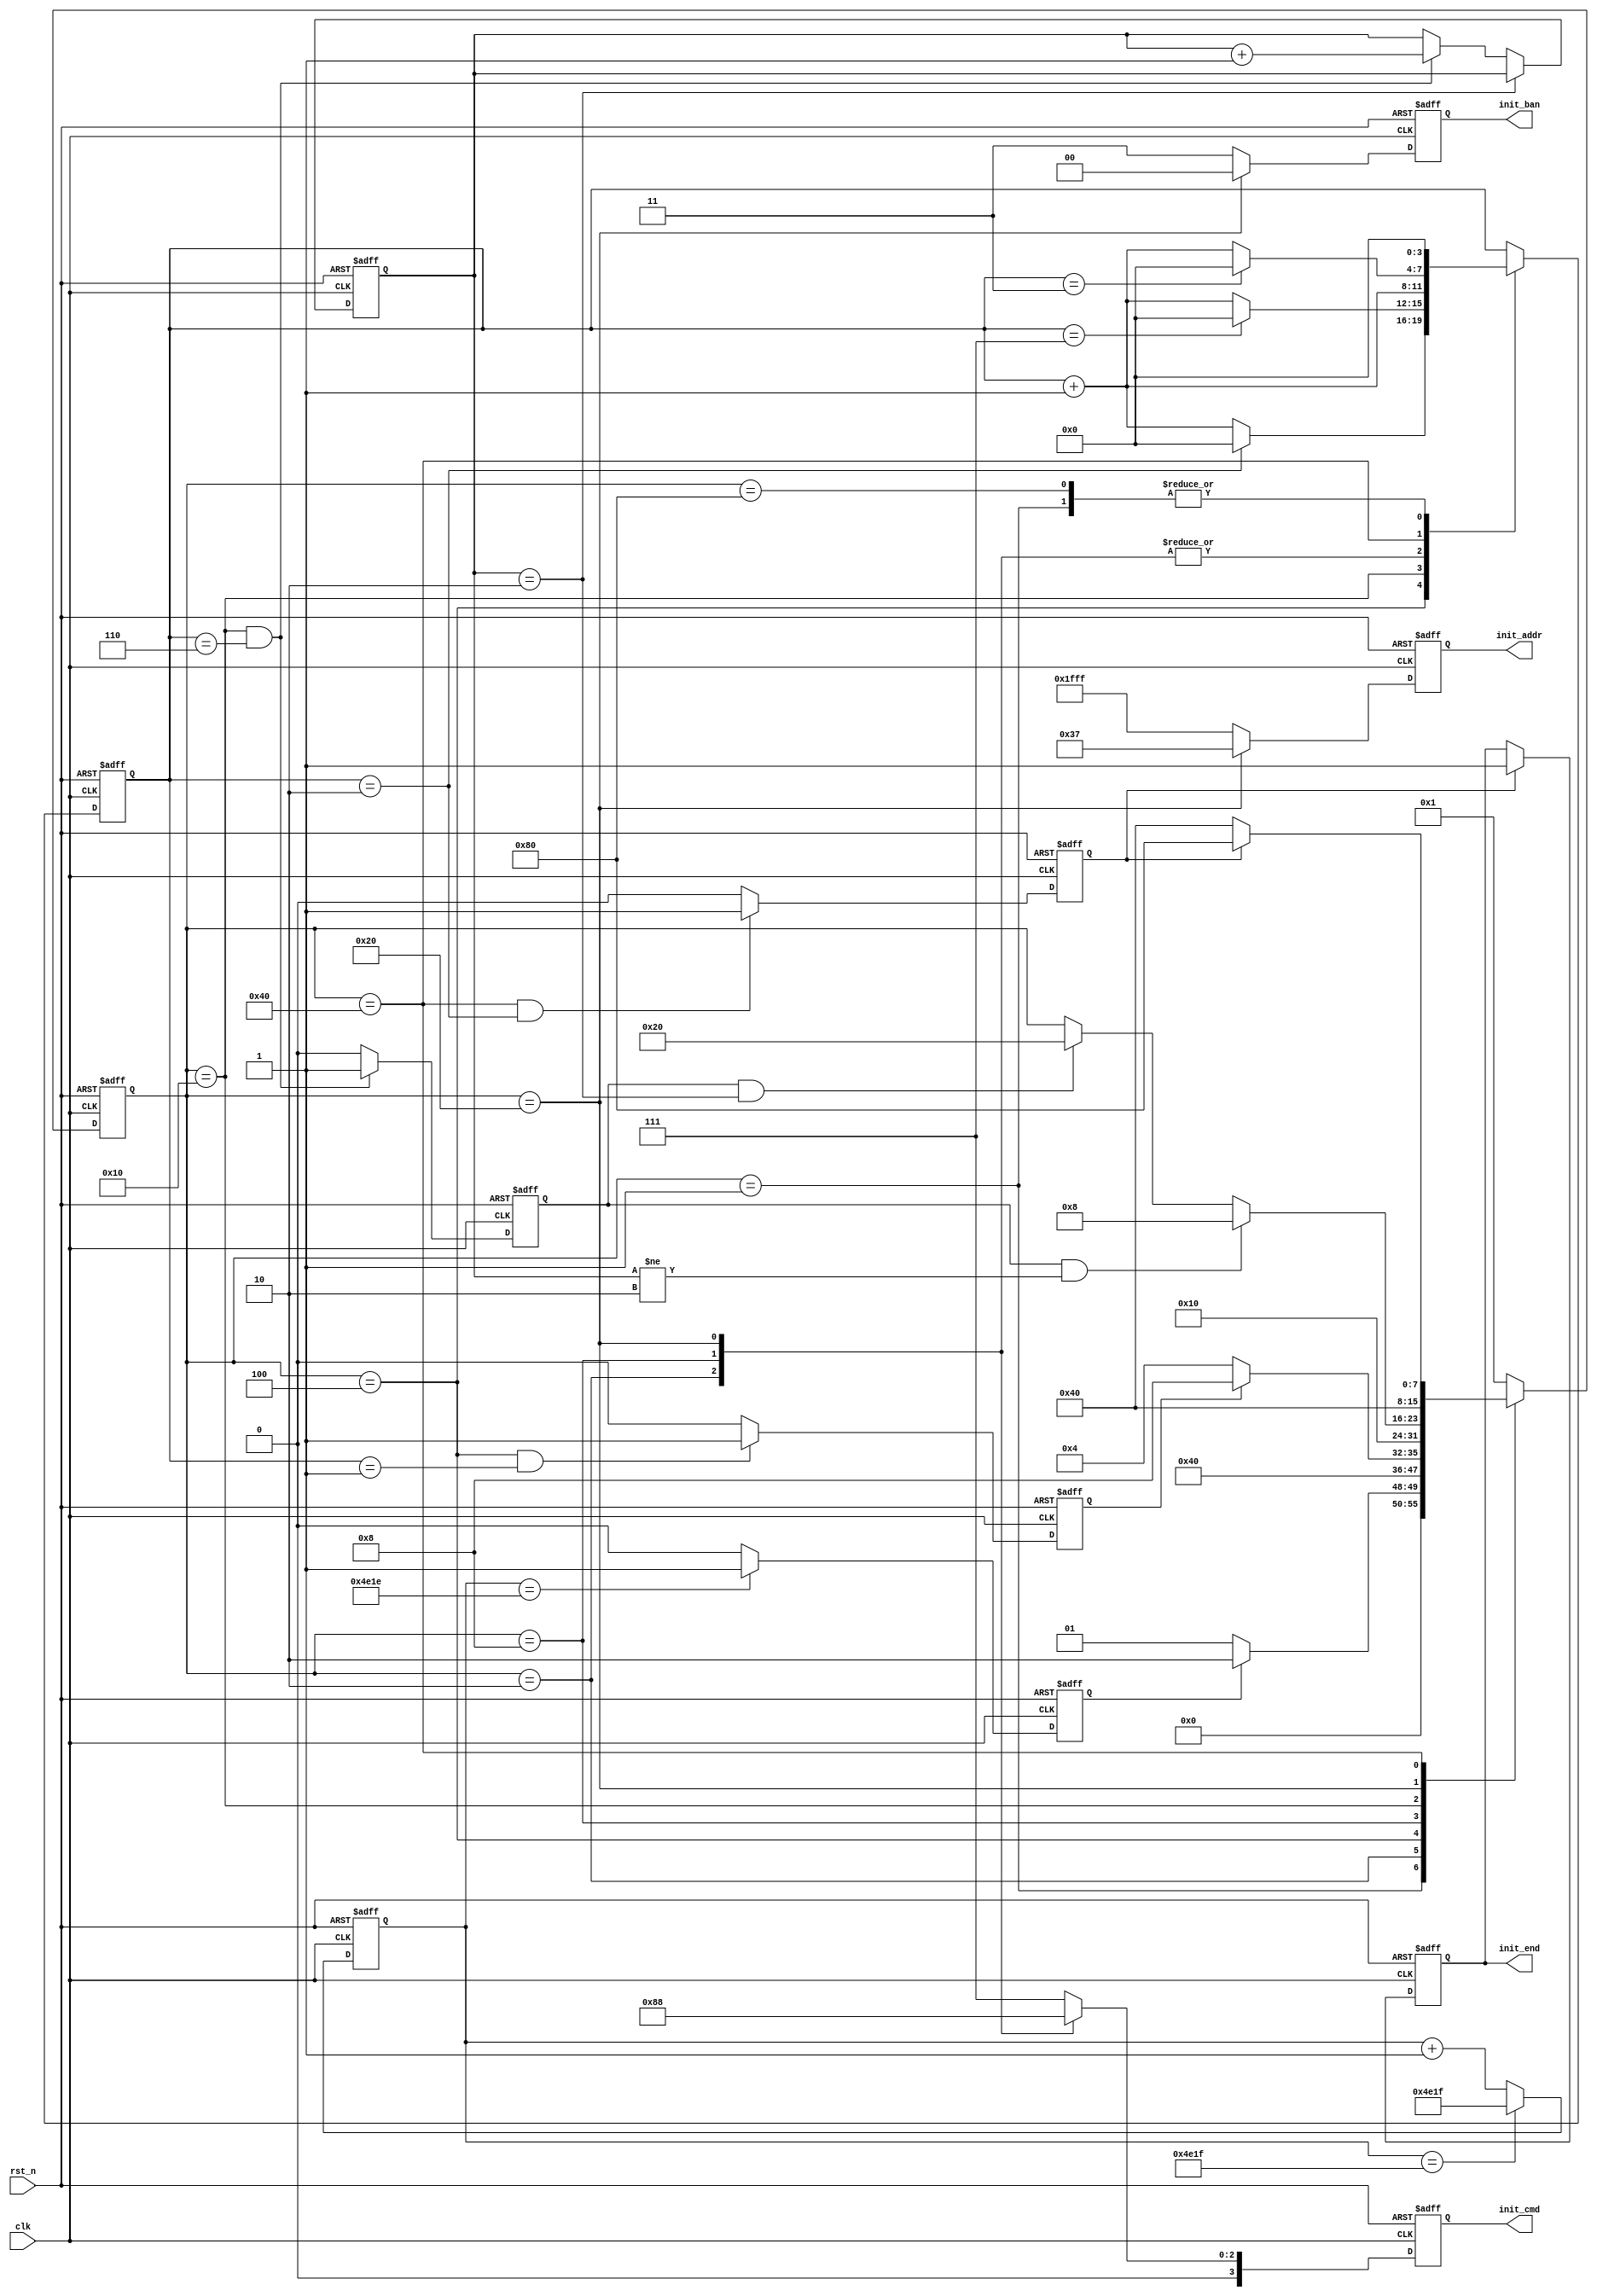
module SDRAM_Init 
#(
	parameter cnt_200us_max = 16'd19_999,	//100MHz
	parameter trp_max = 4'd2,				//
	parameter trfc_max = 4'd7,
	parameter tmrd_max = 4'd3,
	parameter cnt_init_aref_max = 2'd2		//Auto Refrsh(2)
)
(
	input clk,
	input rst_n,
	output reg [3:0] init_cmd,
	output reg [1:0] init_ban,
	output reg [12:0] init_addr,
	output reg init_end
);

	//
	parameter IDLE = 8'b0000_0001;
	parameter PRE = 8'b0000_0010;
	parameter TRP = 8'b0000_0100;
	parameter AR = 8'b0000_1000;
	parameter TRFC = 8'b0001_0000;
	parameter LMR = 8'b0010_0000;
	parameter TMRD = 8'b0100_0000;
	parameter END = 8'b1000_0000;

	//Data
	parameter NOP_CMD = 4'b0111;
	parameter PRE_CMD =  4'b0010;
	parameter AR_CMD = 4'b0001;
	parameter LMR_CMD = 4'b0000;

	reg [15:0] cnt_200us;
	reg stable_flag;
	reg [7:0] init_state;
	reg [3:0] cnt_clk;
	wire cnt_clk_rst;
	reg [1:0] cnt_init_aref;
	reg trp_flag;
	reg trfc_flag;
	reg tmrd_flag;

	/*command*/
	always @(posedge clk or negedge rst_n) begin
		if(~rst_n) begin
			cnt_200us <= 16'd0;
		end else if(cnt_200us == cnt_200us_max) begin
			cnt_200us <= cnt_200us_max;
		end else begin
			cnt_200us <= cnt_200us + 16'd1;
		end
	end

	/*stable clk flag*/
	always @(posedge clk or negedge rst_n) begin
		if(~rst_n) begin
			stable_flag <= 1'd0;
		end else if(cnt_200us == cnt_200us_max - 16'd1) begin
			stable_flag <= 1'd1;
		end else begin
			stable_flag <= 1'd0;
		end
	end

	/*init_state transition logic*/
	always @(posedge clk or negedge rst_n) begin
		if(~rst_n) begin
			init_state <= IDLE;
		end else begin
			case(init_state) 
				IDLE : init_state <= (stable_flag) ? PRE : IDLE;
				PRE : init_state <= TRP;
				TRP : init_state <= (trp_flag) ? AR : TRP;
				AR : init_state <= TRFC;

				TRFC : begin
					if(trfc_flag && cnt_init_aref != 2'd2) begin
						init_state <= AR;
					end else if(trfc_flag && cnt_init_aref == 2'd2) begin
						init_state <= LMR;
					end else begin
						init_state <= init_state;
					end
				end

				LMR : init_state <= TMRD;
				TMRD : init_state <= (tmrd_flag) ? END : TMRD;
				default : init_state <= IDLE;
			endcase
		end
	end

	/*temp cnt_clk*/
	always @(posedge clk or negedge rst_n) begin
		if(~rst_n) begin
			cnt_clk <= 4'd0;
		end else begin
			case(init_state)
				IDLE : cnt_clk <= 4'd0;
				PRE : cnt_clk <= cnt_clk + 4'd1;
				TRP : cnt_clk <= (cnt_clk == trp_max) ? 4'd0 : cnt_clk + 4'd1;
				AR : cnt_clk <= cnt_clk + 4'd1;
				TRFC : cnt_clk <= (cnt_clk == trfc_max) ? 4'd0 : cnt_clk + 4'd1;
				LMR : cnt_clk <= cnt_clk + 4'd1;
				TMRD : cnt_clk <= (cnt_clk == tmrd_max) ? 4'd0 : cnt_clk + 4'd1;
				END : cnt_clk <= 4'd0;
			endcase
		end
	end

	/*cnt_clk0*/
	assign cnt_clk_rst = (cnt_clk == 4'd0) ? 1'd1 : 1'd0;

	/*Auto Refresh*/
	always @(posedge clk or negedge rst_n) begin
		if(~rst_n) begin
			cnt_init_aref <= 2'd0;
		end else if(cnt_init_aref == cnt_init_aref_max) begin
			cnt_init_aref <= cnt_init_aref;
		end else if(init_state == TRFC && cnt_clk == trfc_max - 4'd1) begin
			cnt_init_aref <= cnt_init_aref + 2'd1;
		end else begin
			cnt_init_aref <= cnt_init_aref;
		end
	end

	/*temp trp_flag*/
	always @(posedge clk or negedge rst_n) begin
		if(~rst_n) begin
			trp_flag <= 1'd0;
		end else if(init_state == TRP && cnt_clk == trp_max - 4'd1) begin
			trp_flag <= 1'd1;
		end else begin
			trp_flag <= 1'd0;
		end
	end

	/*temp trfc_flag*/
	always @(posedge clk or negedge rst_n) begin
		if(~rst_n) begin
			trfc_flag <= 1'd0;
		end else if(init_state == TRFC && cnt_clk == trfc_max - 4'd1) begin
			trfc_flag <= 1'd1;
		end else begin
			trfc_flag <= 1'd0;
		end
	end

	/*temp tmrd_flag*/
	always @(posedge clk or negedge rst_n) begin
		if(~rst_n) begin
			tmrd_flag <= 1'd0;
		end else if(init_state == TMRD && cnt_clk == 4'd2) begin
			tmrd_flag <= 1'd1;
		end else begin
			tmrd_flag <= 1'd0;
		end
	end

	/*output init_cmd*/
	always @(posedge clk or negedge rst_n) begin
		if(~rst_n) begin
			init_cmd <= NOP_CMD;
		end else begin
			case(init_state)
				IDLE : init_cmd <= NOP_CMD;
				PRE : init_cmd <= PRE_CMD;
				TRP : init_cmd <= NOP_CMD;
				AR : init_cmd <= AR_CMD;
				TRFC : init_cmd <= NOP_CMD;
				LMR : init_cmd <= LMR_CMD;
				default : init_cmd <= NOP_CMD;
			endcase
		end
	end

	/*output init_ban*/	
	always @(posedge clk or negedge rst_n) begin
		if(~rst_n) begin
			init_ban <= 2'b11;
		end else begin
			init_ban <= (init_state == LMR) ? 2'b00 : 2'b11;
		end
	end

	/*output init_addr*/
	always @(posedge clk or negedge rst_n) begin
		if(~rst_n) begin
			init_addr <= 13'h1FFF;
		end else begin
			init_addr <= (init_state == LMR) ? 13'h0037 : 13'h1FFF;
		end
	end

	/*output init_end*/
	always @(posedge clk or negedge rst_n) begin
		if(~rst_n) begin
			init_end <= 1'd0;
		end else begin
			init_end <= (tmrd_flag) ? 1'd1 : init_end;
		end
	end

endmodule